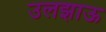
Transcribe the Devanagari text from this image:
उलझाऊ